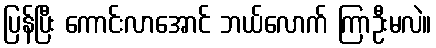
ပြန်ပြီး ကောင်းလာအောင် ဘယ်လောက် ကြာဦးမလဲ။